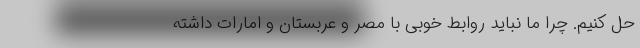
حل کنیم. چرا ما نباید روابط خوبی با مصر و عربستان و امارات داشته